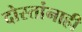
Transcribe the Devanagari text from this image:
दोस्तांनाही